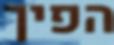
הפיך